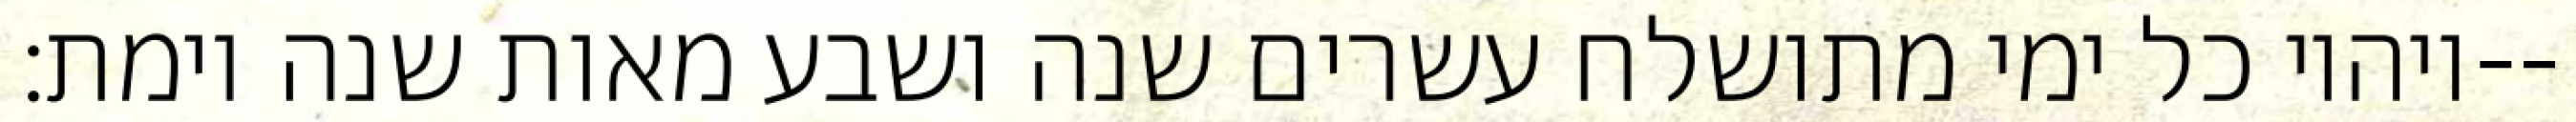
ויהיו כל ימי מתושלח עשרים שנה ושבע מאות שנה וימת׃--